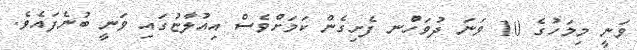
ވަނީ މިމަހުގެ 10 ވަނަ ދުވަހުްނ ފެށިގެން ކަމަށްވެސް އިއުލާޏުގައި ވަނީ ބުނެފައެވެ.